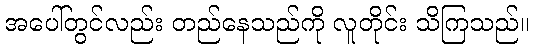
အပေါ်တွင်လည်း တည်နေသည်ကို လူတိုင်း သိကြသည်။